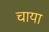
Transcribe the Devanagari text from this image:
चाया